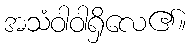
အသံဝါဝါရှိလေ၏။